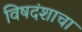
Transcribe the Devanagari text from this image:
विषदंशाचा